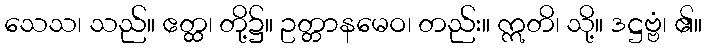
သေသ၊ သည်။ ဧတ္ထ၊ တို့၌။ ဥတ္တာနမေဝ၊ တည်း။ ဣတိ၊ သို့။ ဒဋ္ဌဗ္ဗံ၊ ၏။